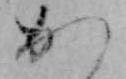
か